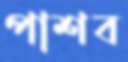
পাশব